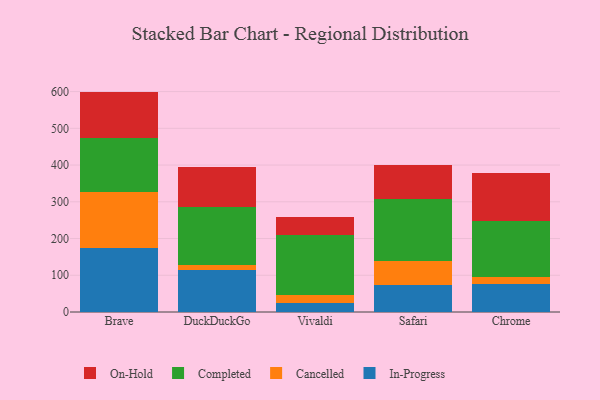
{"axis": {"x": "Browser", "y": "Customer Acquisition Cost (USD)"}, "legend": ["Cancelled", "Completed", "In-Progress", "On-Hold"], "data": [{"x": "Brave", "y": 173.8, "type": "In-Progress"}, {"x": "Brave", "y": 152.8, "type": "Cancelled"}, {"x": "Brave", "y": 147.7, "type": "Completed"}, {"x": "Brave", "y": 125.7, "type": "On-Hold"}, {"x": "DuckDuckGo", "y": 113.4, "type": "In-Progress"}, {"x": "DuckDuckGo", "y": 15.5, "type": "Cancelled"}, {"x": "DuckDuckGo", "y": 158.1, "type": "Completed"}, {"x": "DuckDuckGo", "y": 109.1, "type": "On-Hold"}, {"x": "Vivaldi", "y": 23.6, "type": "In-Progress"}, {"x": "Vivaldi", "y": 21.7, "type": "Cancelled"}, {"x": "Vivaldi", "y": 163.4, "type": "Completed"}, {"x": "Vivaldi", "y": 50.0, "type": "On-Hold"}, {"x": "Safari", "y": 73.1, "type": "In-Progress"}, {"x": "Safari", "y": 64.4, "type": "Cancelled"}, {"x": "Safari", "y": 170.3, "type": "Completed"}, {"x": "Safari", "y": 92.9, "type": "On-Hold"}, {"x": "Chrome", "y": 75.0, "type": "In-Progress"}, {"x": "Chrome", "y": 21.4, "type": "Cancelled"}, {"x": "Chrome", "y": 150.9, "type": "Completed"}, {"x": "Chrome", "y": 132.1, "type": "On-Hold"}]}